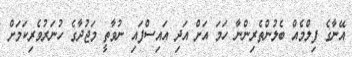
އޭނާގެ ފިލްމެއް ބެލުންތެރިންނާ ހަމަ އަށް އަދި އައިސްފައި ނުވާތީ މަޖުދާގެ ހުނަރުވެރިކަމަށް